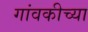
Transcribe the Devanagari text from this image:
गांवकीच्या